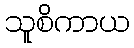
သူစိကာယ